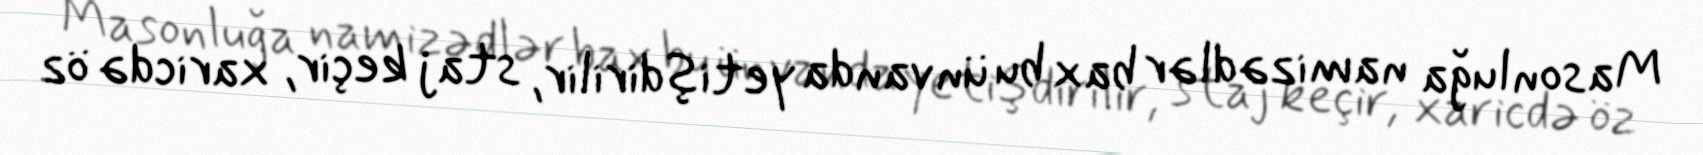
Masonluğa namizədlər bax bu ünvanda yetişdirilir, staj keçir, xaricdə öz